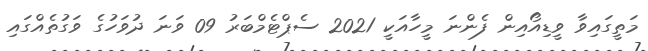
މަތީގައިވާ ވީޑިއޯއިން ފެންނަ މީހާއަކީ 2021 ސެޕްޓެމްބަރު 09 ވަނަ ދުވަހުގެ ވަގުތެއްގައި